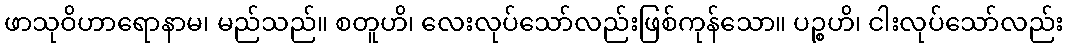
ဖာသုဝိဟာရောနာမ၊ မည်သည်။ စတူဟိ၊ လေးလုပ်သော်လည်းဖြစ်ကုန်သော။ ပဉ္စဟိ၊ ငါးလုပ်သော်လည်း